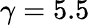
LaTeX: \gamma=5.5